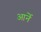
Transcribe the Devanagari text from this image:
आर्ने